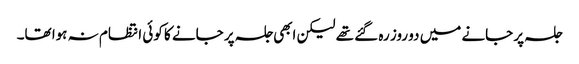
جلسہ پر جانے میں دو روز رہ گئے تھے لیکن ابھی جلسہ پر جانے کا کوئی انتظام نہ ہوا تھا۔